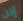
إذن